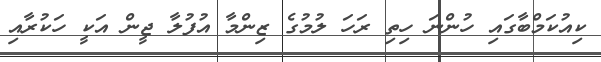
ކިއުކަމްބާގަައި ހުންނަ ހިތި ރަހަ ލުމުގެ ޒިންމާ އުފުލާ ޖީން އަކީ ހަކުރާއި